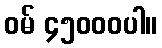
ဝမ် ၄၅၀၀၀ပါ။